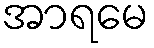
အာရမေ